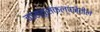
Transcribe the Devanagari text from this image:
वास्तुसंकल्पनेतील